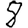
Digit: 8